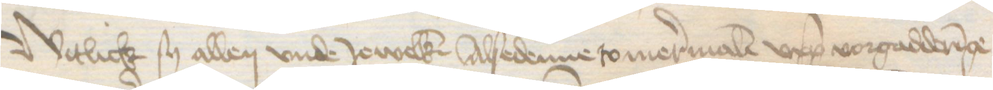
Witlich sy allen vnde Jewelken Alsedenne so mermalen upp vorgadderinge